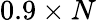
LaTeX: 0.9\times N